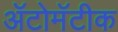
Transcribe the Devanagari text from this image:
ॲटोमॅटीक